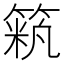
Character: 𥱞